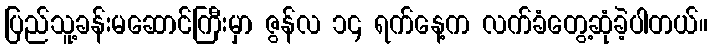
ပြည်သူ့ခန်းမဆောင်ကြီးမှာ ဇွန်လ ၁၄ ရက်နေ့က လက်ခံတွေ့ဆုံခဲ့ပါတယ်။